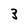
Character: 3